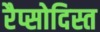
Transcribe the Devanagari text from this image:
रैप्सोदिस्त